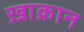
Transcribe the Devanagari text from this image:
ख़ाक़ान